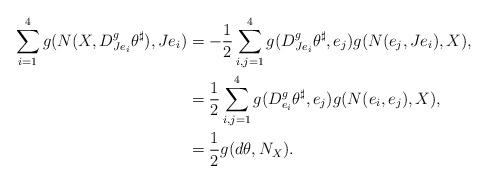
LaTeX: \begin{align*} \sum_{i=1}^4g(N(X,D^g_{Je_i}\theta^\sharp),Je_i)&=-\frac{1}{2}\sum_{i,j=1}^4g(D^g_{Je_i}\theta^\sharp,e_j)g(N(e_j,Je_i),X),\\ &=\frac{1}{2}\sum_{i,j=1}^4g(D^g_{e_i}\theta^\sharp,e_j)g(N(e_i,e_j),X),\\ &=\frac{1}{2}g(d\theta,N_X). \end{align*}